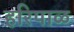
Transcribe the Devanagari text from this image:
हरिपाळ